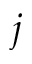
\boldsymbol { j }